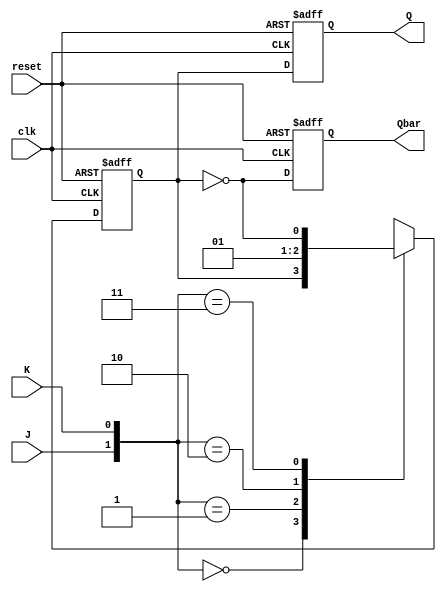
module jk_flip_flop (
    input wire clk,
    input wire reset,
    input wire J,
    input wire K,
    output reg Q,
    output reg Qbar
);

reg Q_temp;

// Master stage
always @(posedge clk or posedge reset)
begin
    if (reset)
    begin
        Q_temp <= 1'b0;
    end
    else
    begin
        case({J,K})
            2'b00: Q_temp <= Q_temp;
            2'b01: Q_temp <= 1'b0;
            2'b10: Q_temp <= 1'b1;
            2'b11: Q_temp <= ~Q_temp;
        endcase
    end
end

// Slave stage
always @(posedge clk or posedge reset)
begin
    if (reset)
    begin
        Q <= 1'b0;
        Qbar <= 1'b1;
    end
    else
    begin
        Q <= Q_temp;
        Qbar <= ~Q_temp;
    end
end

endmodule